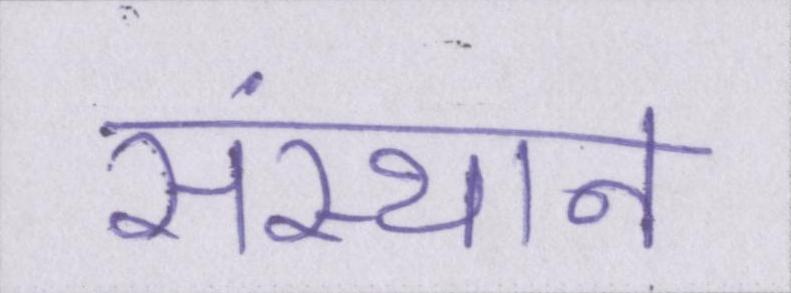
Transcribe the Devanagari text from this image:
संस्थान